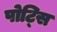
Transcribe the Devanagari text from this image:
पोट्सि